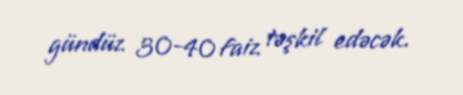
gündüz 30-40 faiz təşkil edəcək.